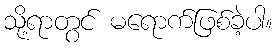
သို့ရာတွင် မရောက်ဖြစ်ခဲ့ပါ။